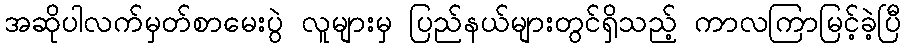
အဆိုပါလက်မှတ်စာမေးပွဲ လူများမှ ပြည်နယ်များတွင်ရှိသည့် ကာလကြာမြင့်ခဲ့ပြီ